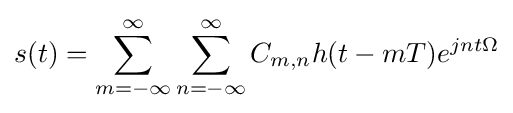
s(t)=\sum _{m=-\infty }^{\infty }\sum _{n=-\infty }^{\infty }C_{m,n}h(t-mT)e^{jnt\Omega }